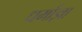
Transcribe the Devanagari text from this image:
धर्माज्ञा